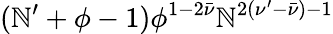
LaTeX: (\mathbb{N}^{\prime}+\phi-1)\phi^{1-2\bar{{\nu}}}\mathbb{N}^{2(\nu^{\prime}-\bar{{\nu}})-1}